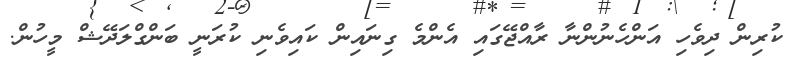
ކުރިން ދިވެހި އަންހެނުންނާ ރާއްޖޭގައި އެންމެ ގިނައިން ކައިވެނި ކުރަނީ ބަންގްލަދޭޝް މީހުން.